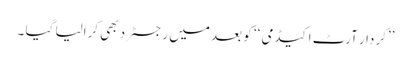
’’کردار آرٹ اکیڈمی ‘‘ کو بعد میں رجسٹرد بھی کرالیا گیا ۔